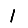
Digit: 1